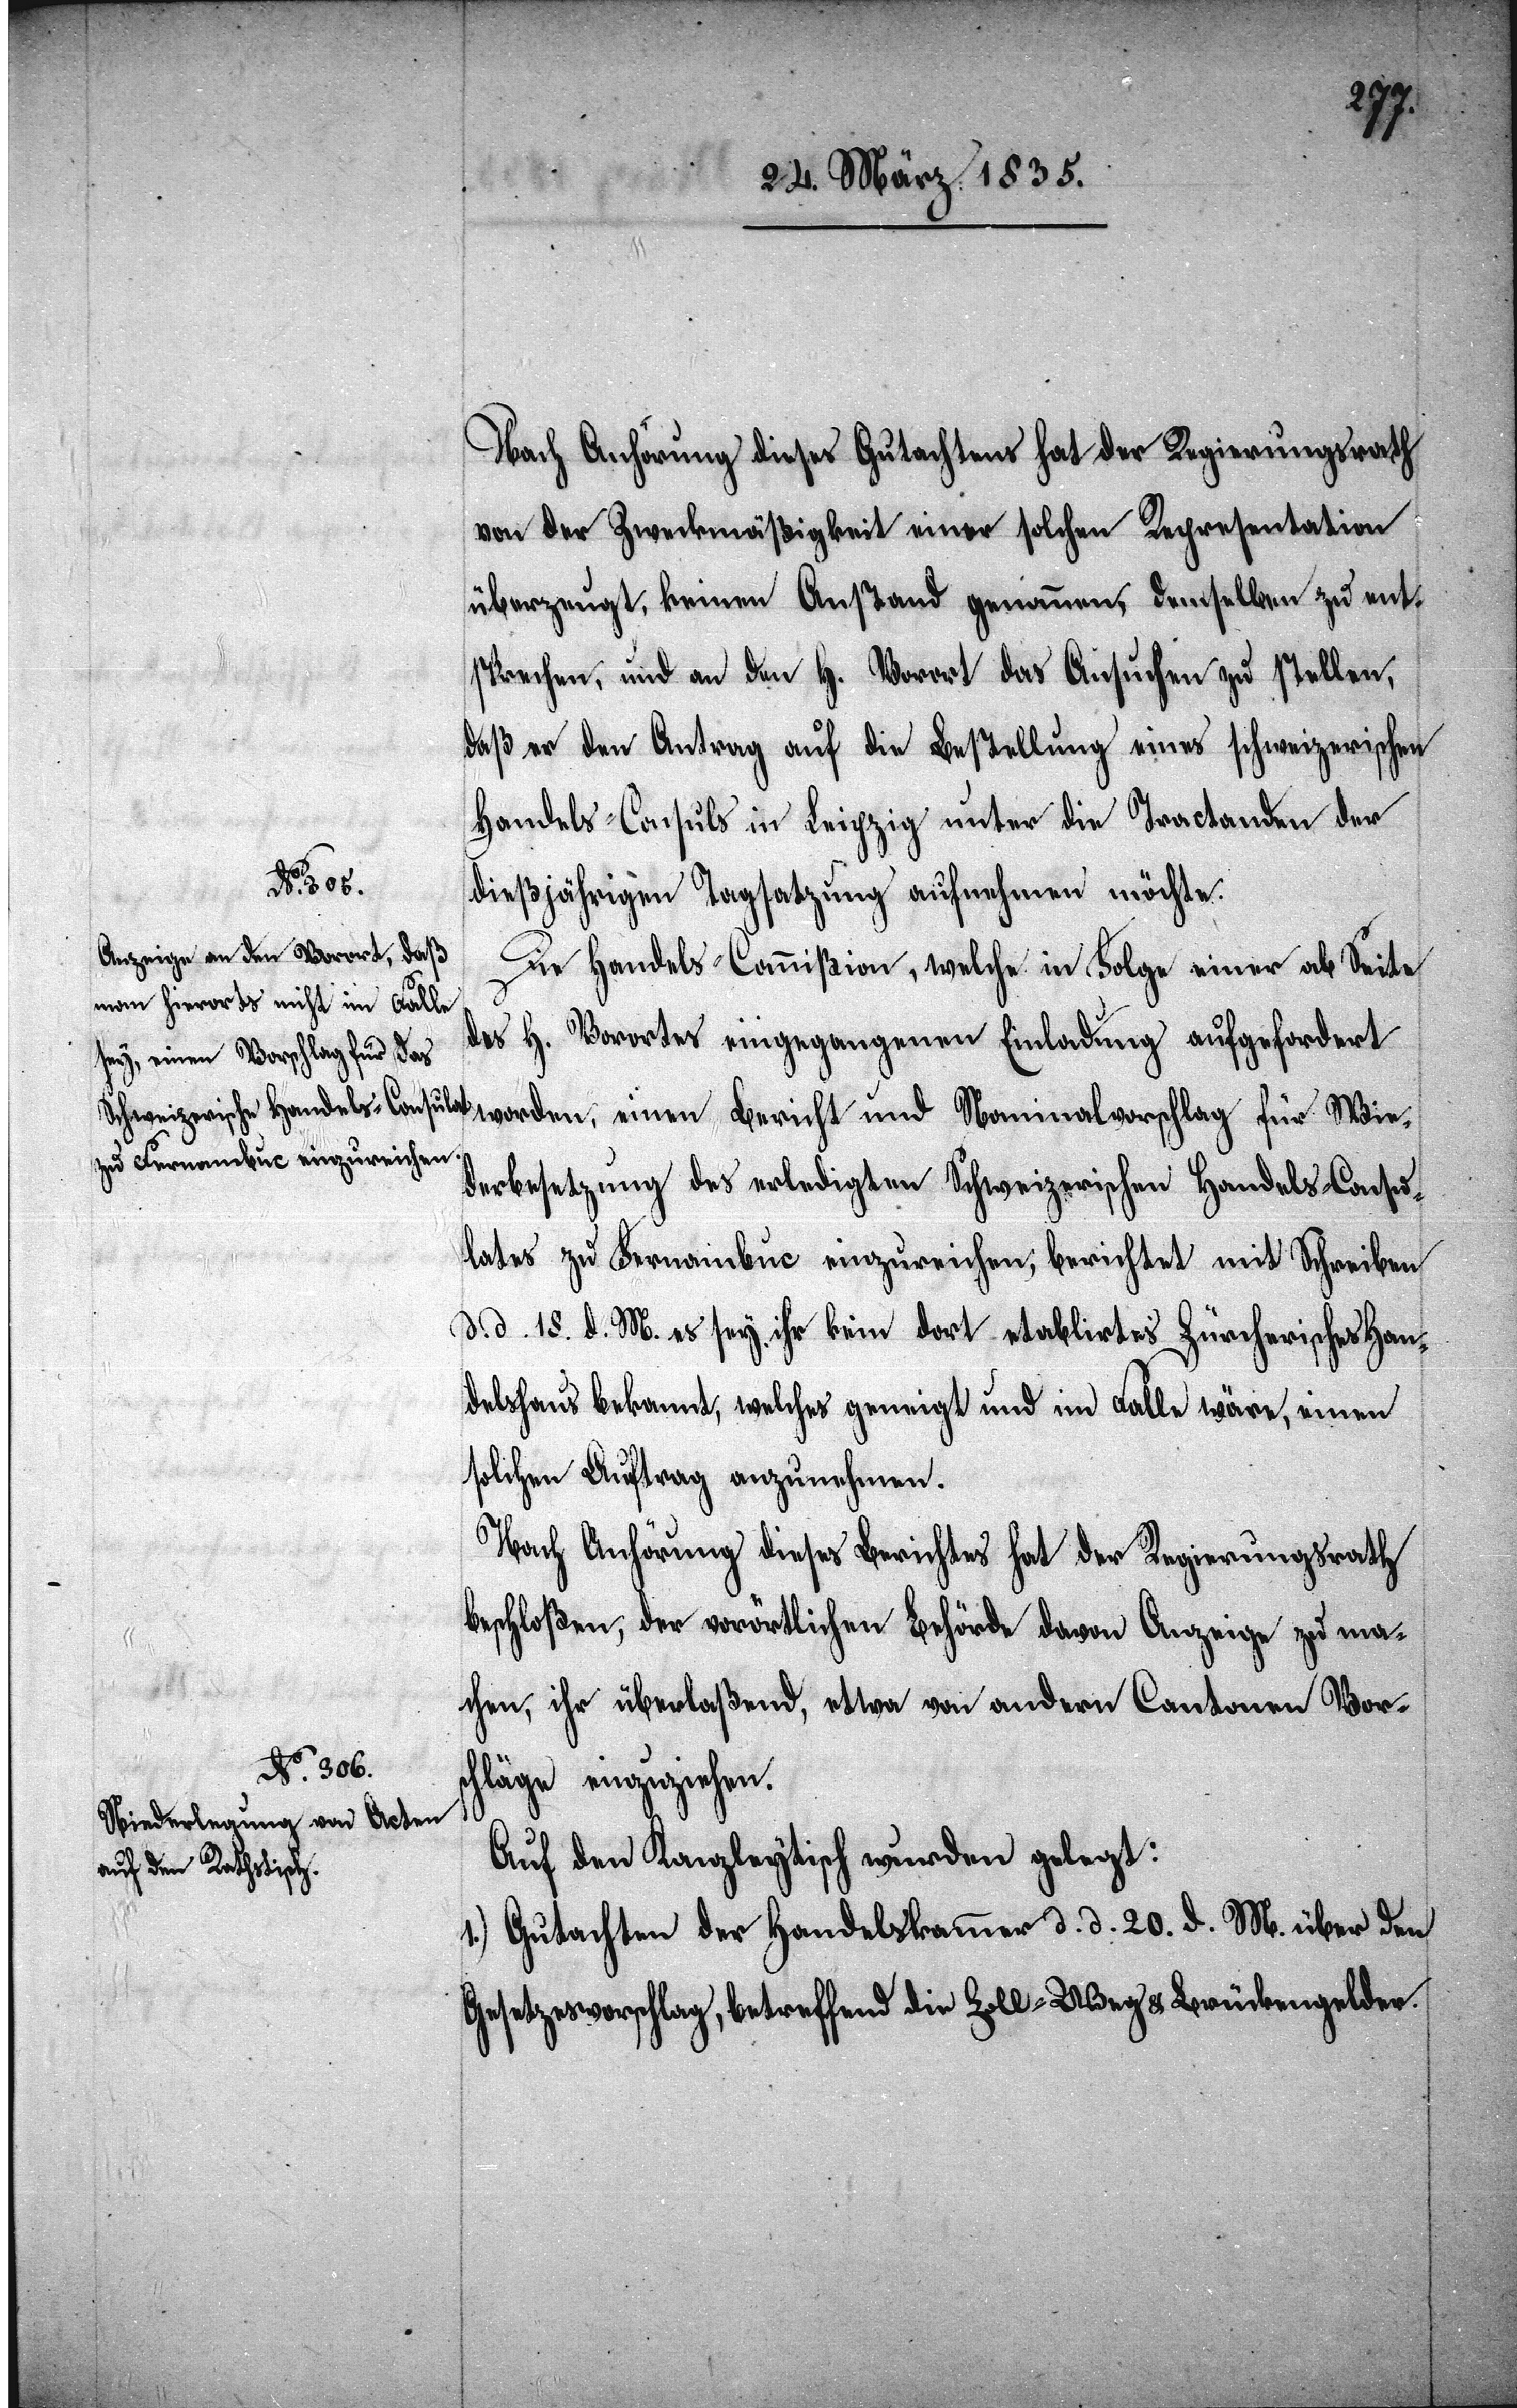
Wie¬
Nach Anhörung dieses Gutachtens hat der Regierungsrath
von der Zweckmäßigkeit einer solchen Representation
überzeugt, keinen Anstand genommen, demselben zu ent¬
sprechen, und an den H. Vorort das Ansuchen zu stellen,
daß er den Antrag auf die Bestellung eines schweizerischen
Handels-Consuls in Leipzig unter die Tractanden der
dießjährigen Tagsatzung aufnehmen möchte.
Die Handels-Commißion, welche in Folge einer ab Seite
des H. Vorortes eingegangenen Einladung aufgefordert
derbesetzung des erledigten Schweizerischen Handels-Consu¬
lates zu Fernambuc einzureichen, berichtet mit Schreiben
d. d. 18. d. M. es sey ihr kein dort etablirtes Zürcherisches Han¬
delshaus bekannt, welches geneigt und im Falle wäre, einen
solchen Auftrag anzunehmen.
Nach Anhörung dieses Berichtes hat der Regierungsrath
beschloßen, der vorörtlichen Behörde davon Anzeige zu ma¬
chen, ihr überlaßend, etwa von andern Cantonen Vor¬
schläge einzuziehen.
Auf den Kanzleytisch wurden gelegt:
1.) Gutachten der Handelskammer d. d. 20. d. M. über den
Gesetzesvorschlag, betreffend die Zoll-[,] Weg & Brückengelder.